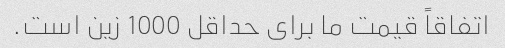
اتفاقاً قیمت ما برای حداقل 1000 زین است.